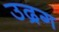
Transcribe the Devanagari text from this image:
उद्रग